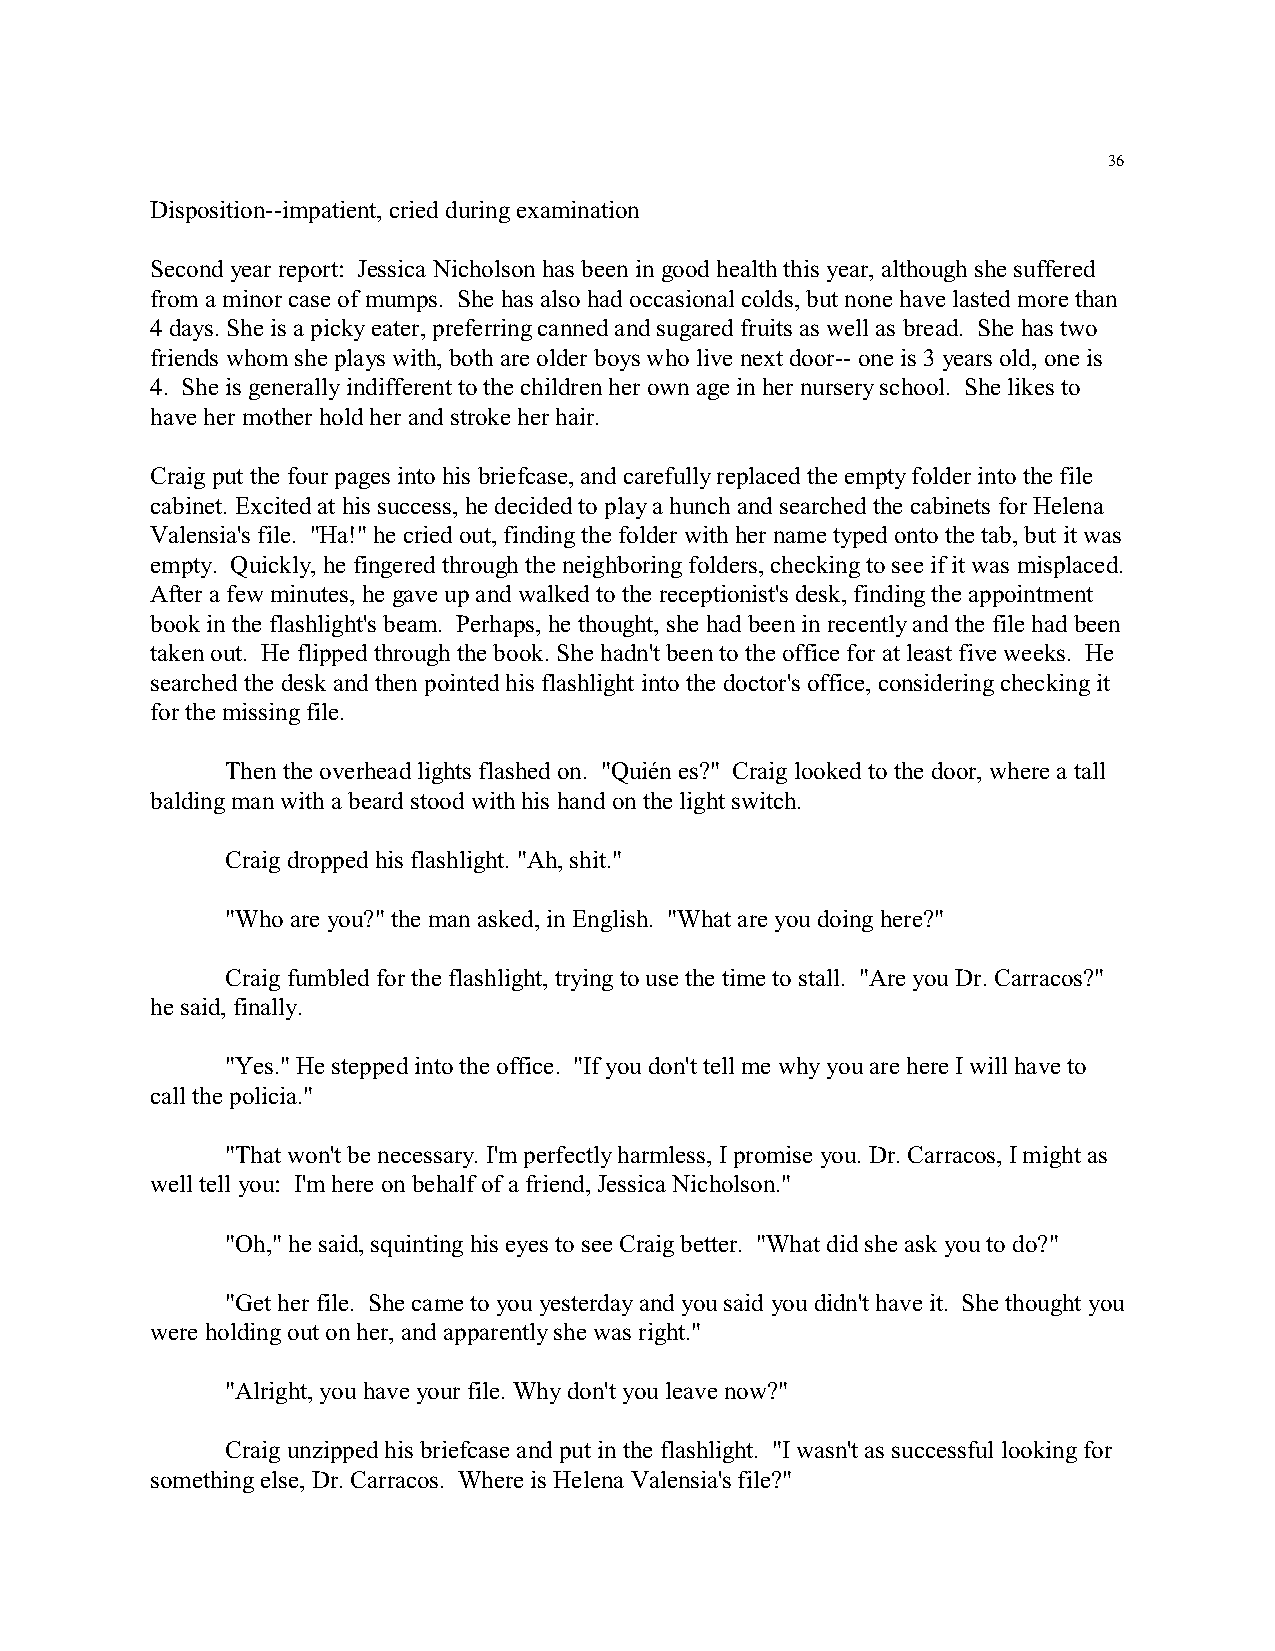
36
 Disposition--impatient, cried during examination
 Second year report: Jessica Nicholson has been in good health this year, although she suffered
 from a minor case of mumps. She has also had occasional colds, but none have lasted more than
 4 days. She is a picky eater, preferring canned and sugared fruits as well as bread. She has two
 friends whom she plays with, both are older boys who live next door-- one is 3 years old, one is
 4. She is generally indifferent to the children her own age in her nursery school. She likes to
 have her mother hold her and stroke her hair.
 Craig put the four pages into his briefcase, and carefully replaced the empty folder into the file
 cabinet. Excited at his success, he decided to play a hunch and searched the cabinets for Helena
 Valensia's file. "Ha!" he cried out, finding the folder with her name typed onto the tab, but it was
 empty. Quickly, he fingered through the neighboring folders, checking to see if it was misplaced.
 After a few minutes, he gave up and walked to the receptionist's desk, finding the appointment
 book in the flashlight's beam. Perhaps, he thought, she had been in recently and the file had been
 taken out. He flipped through the book. She hadn't been to the office for at least five weeks. He
 searched the desk and then pointed his flashlight into the doctor's office, considering checking it
 for the missing file.
 Then the overhead lights flashed on. "Quién es?" Craig looked to the door, where a tall
 balding man with a beard stood with his hand on the light switch.
 Craig dropped his flashlight. "Ah, shit."
 "Who are you?" the man asked, in English. "What are you doing here?"
 Craig fumbled for the flashlight, trying to use the time to stall. "Are you Dr. Carracos?"
 he said, finally.
 "Yes." He stepped into the office. "If you don't tell me why you are here I will have to
 call the policia."
 "That won't be necessary. I'm perfectly harmless, I promise you. Dr. Carracos, I might as
 well tell you: I'm here on behalf of a friend, Jessica Nicholson."
 "Oh," he said, squinting his eyes to see Craig better. "What did she ask you to do?"
 "Get her file. She came to you yesterday and you said you didn't have it. She thought you
 were holding out on her, and apparently she was right."
 "Alright, you have your file. Why don't you leave now?"
 Craig unzipped his briefcase and put in the flashlight. "I wasn't as successful looking for
 something else, Dr. Carracos. Where is Helena Valensia's file?"